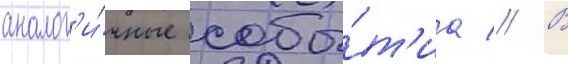
аналог'и́чные собы́т'иа // В